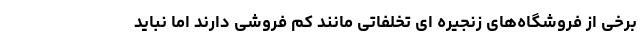
برخی از فروشگاه‌های زنجیره ای تخلفاتی مانند کم فروشی دارند اما نباید